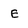
Character: E